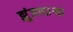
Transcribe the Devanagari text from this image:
झुंजणाऱ्या